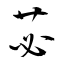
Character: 苾